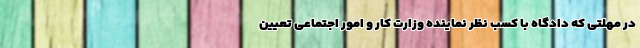
در مهلتی که دادگاه با کسب نظر نماینده وزارت کار و امور اجتماعی تعیین